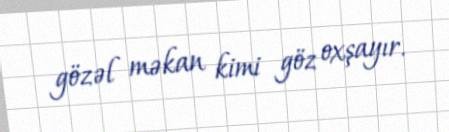
gözəl məkan kimi göz oxşayır.